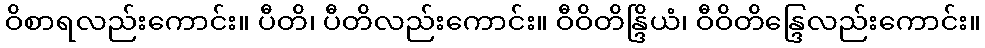
ဝိစာရလည်းကောင်း။ ပီတိ၊ ပီတိလည်းကောင်း။ ဝီဝိတိန္ဒြိယံ၊ ဝီဝိတိန္ဒြေလည်းကောင်း။